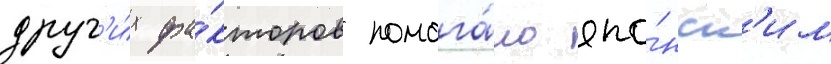
друг'и́х фа́кторов помога́ло япо́нск'им